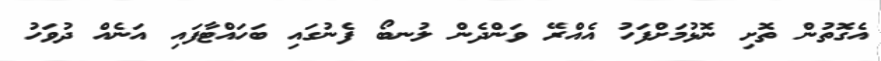
އެގޮތުން ތޮށި ނޮޅުމަށްފަހު އެއްރޭ ވަންދެން ލުނބޯ ފެނުގައި ބަހައްޓާފައި އަނެއް ދުވަހު